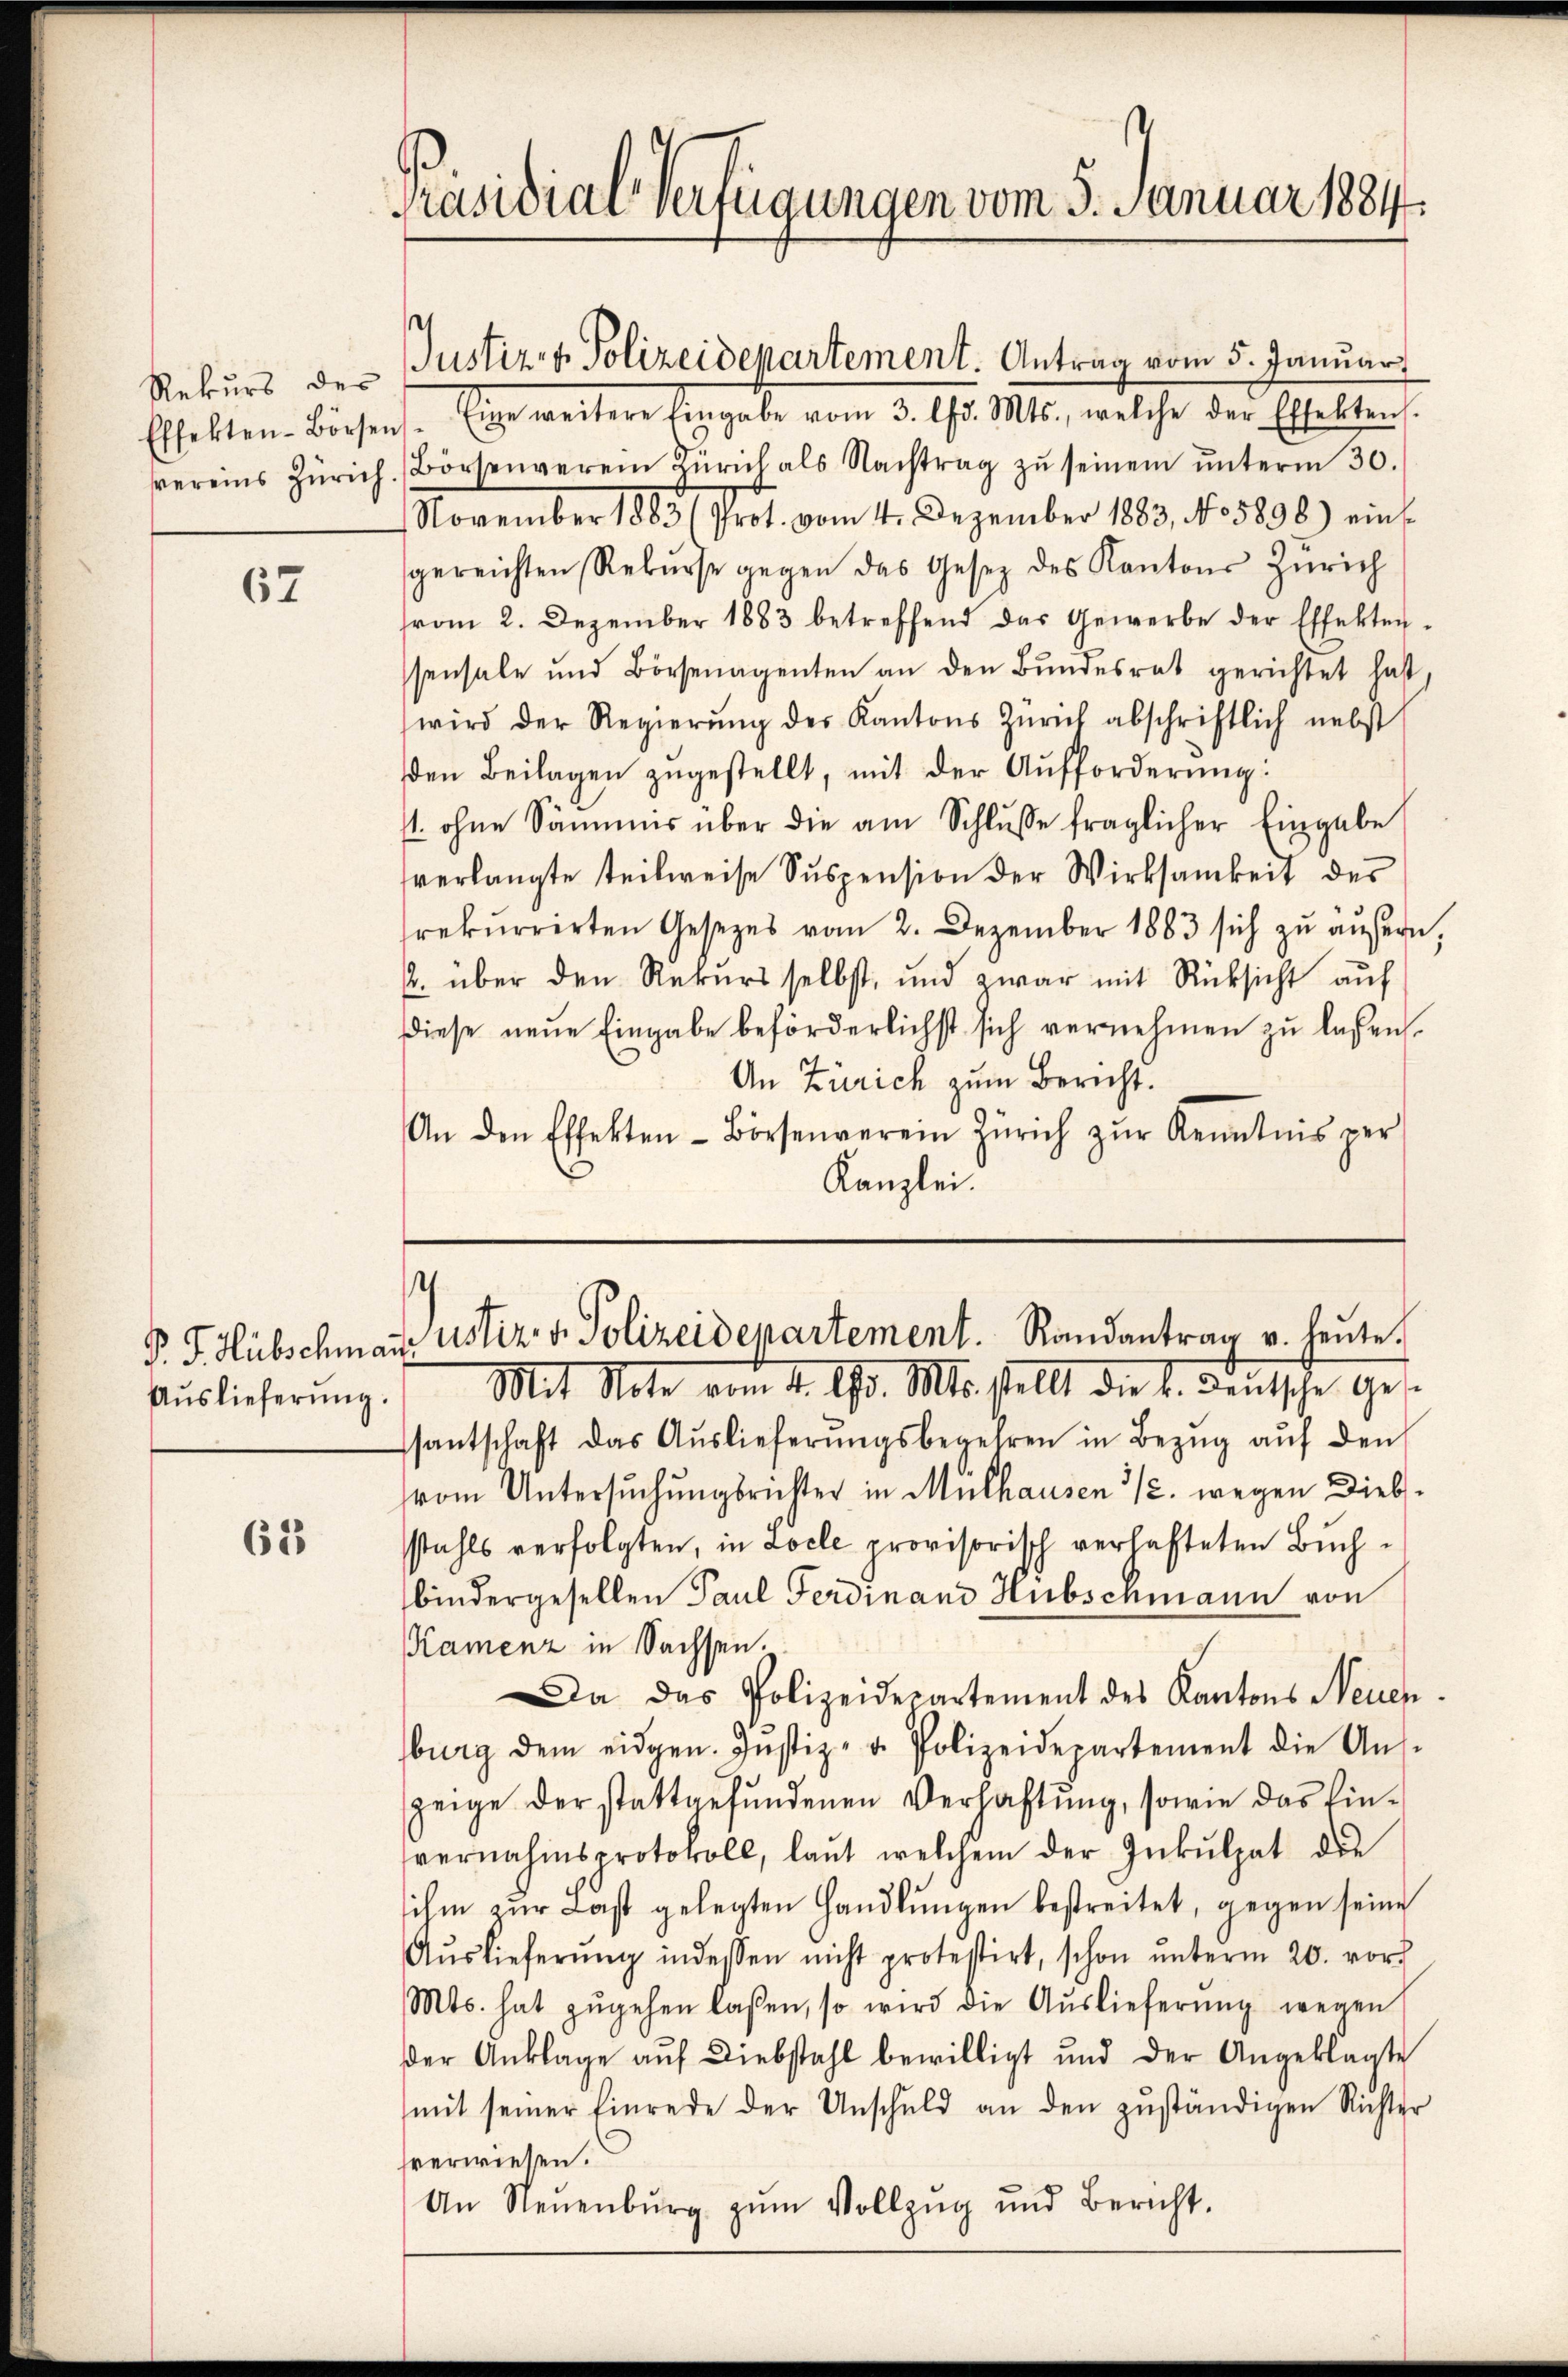
67

Auslieferung.

63

Präsidial-Verfügungen vom 5. Januar 1884.

Effekten-Börsens. Einge weitere Eingabe vom 3. d. Mts., welche der Effektens
vereins Zürich. Börsenverein Zürich als Nachtrag zŭ seinem ŭnterm 30.
November 1883 (Prot. vom 4. Dezember 1883, No 5898) eins-
gereichten Rekŭrse gegen das Gesetz des Kantons Zürich
vom 2. Dezember 1883 betreffend das Gewerbe der Effekten.
ssensale und Börsenagenten an den Bundesrat gerichtet hat,
wird der Regierŭng des Kantons Zürich abschriftlich nebst
den Beilagen zugestellt, mit der Aufforderung:
st. ohne Sammes über die am Schlŭsse fraglicher Eingabe
verlangte teilweise Suspension der Wirksamkeit des
rekurrirten Gesetzes vom 2. Dezember 1883 sich zu äußern,
. über den Rekŭrs selbst, und zwar mit Rücksicht aŭf
diese neŭe Eingabe beförderlichst sich vernehmen zŭ lassen.
An Zürich zum Bericht.
An den Effekten- Börsenverein Zürich zŭr Kenntnis per
Kanzlei.

Rekurs der Justiz & Polizeidepartement. Antrag vom 5. Januar

¬
P. J. Hübschmaṅ ustiz v. Polizeidepartement. Randantrag u. heute.
Mit Note vom 4. 193. Mts. stellt die 1. Deutsche Ges

santschaft das Aŭslieferŭngsbegehren in Bezŭg aŭf den
vom Untersuchungsrichter in Mülhausen 3/2. wegen Diebstahls verfolgten, in Locle provisorisch verhafteten Buchbindergesellen Paul Ferdinand Hubschmann von
Kamenz in Sachsen.
Da das Polizeidepartement des Kantons Neuen.
burg dem eidgen. Justiz- u. Polizeidepartement die Aŭs-
zeige der stattgefŭndenen Verhaltŭng, sowie das Ein-
vernahmsprotokoll, laŭt welchem der Inkulpat die
sihm zur Last gelegten Handlŭngen bestreitet, gegen seine
Aŭslieferŭng indessen nicht protestirt, schon ŭnterm 20. vor
Mts. hat zŭgehen laßen, so wird die Aŭslieferŭng wegen
der Anklage auf Diebstahl bewilligt und der Angeklagte
mit seiner Einrede der Unschuld an den zŭständigen Richter
sverwiesen.
An Neŭenbŭrg zŭm Vollzŭg und Bericht.